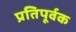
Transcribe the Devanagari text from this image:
प्रतिपूर्वक